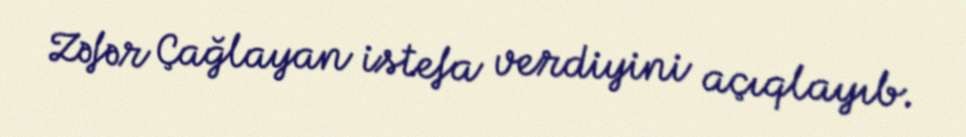
Zəfər Çağlayan istefa verdiyini açıqlayıb.